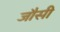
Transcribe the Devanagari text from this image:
जौसी